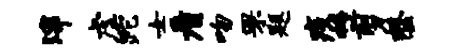
滓虐跎女看吻罘题疫掩剪罄